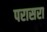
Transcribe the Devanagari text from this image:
परासरा